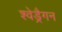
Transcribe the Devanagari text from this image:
श्वेड्रैगन